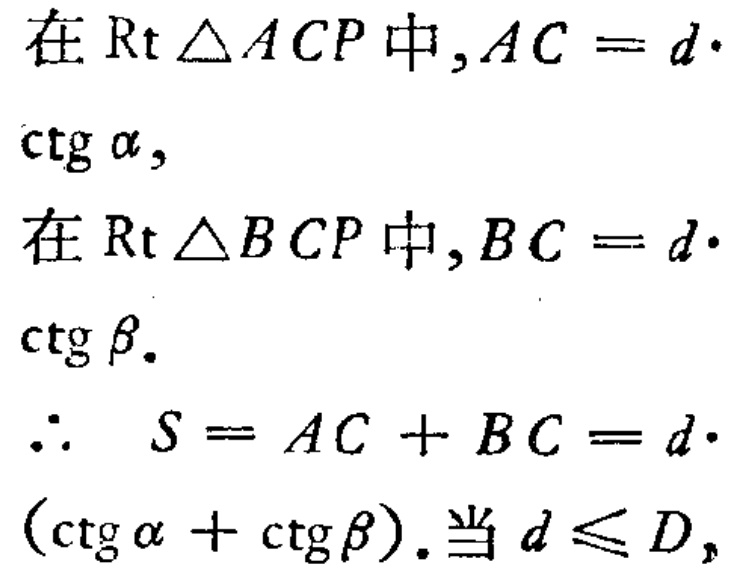
在$\mathrm{Rt}\triangle ACP$中,$AC = d\cdot \mathrm{ctg}\alpha,$
在$\mathrm{Rt}\triangle BCP$中,$BC = d\cdot \mathrm{ctg}\beta.$
$\therefore$ $S = AC + BC = d\cdot (\mathrm{ctg}\alpha+\mathrm{ctg}\beta)$.当$d\leqslant D,$